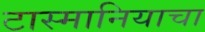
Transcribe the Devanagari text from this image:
टास्मानियाचा